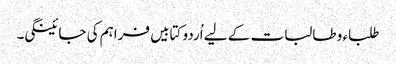
طلباء و طالبات کے لیے اُردو کتابیں فراہم کی جائینگی۔